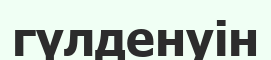
гүлденуін